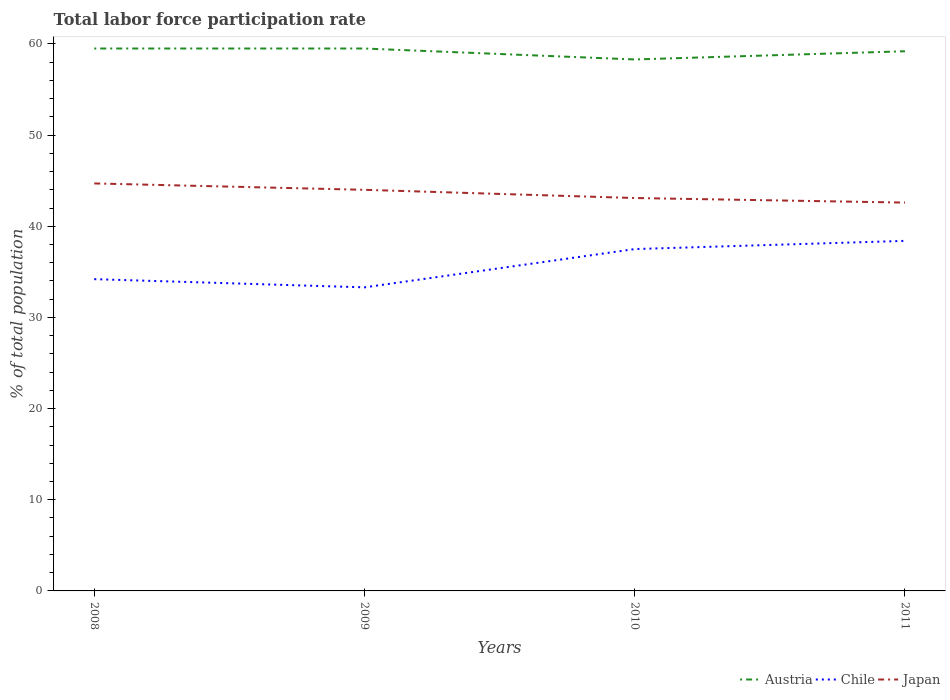
| Years | Austria | Chile | Japan |
 | --- | --- | --- | --- |
 | 2008 | 59.5 | 34.2 | 44.7 |
 | 2009 | 59.5 | 33.3 | 44 |
 | 2010 | 58.3 | 37.5 | 43.1 |
 | 2011 | 59.2 | 38.4 | 42.6 |